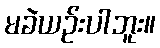
မခဲယဉ်းပါဘူး။